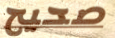
صحيح